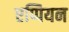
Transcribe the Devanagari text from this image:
एप्पियन